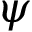
\psi